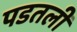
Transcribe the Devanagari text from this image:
पडतली